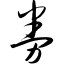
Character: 券